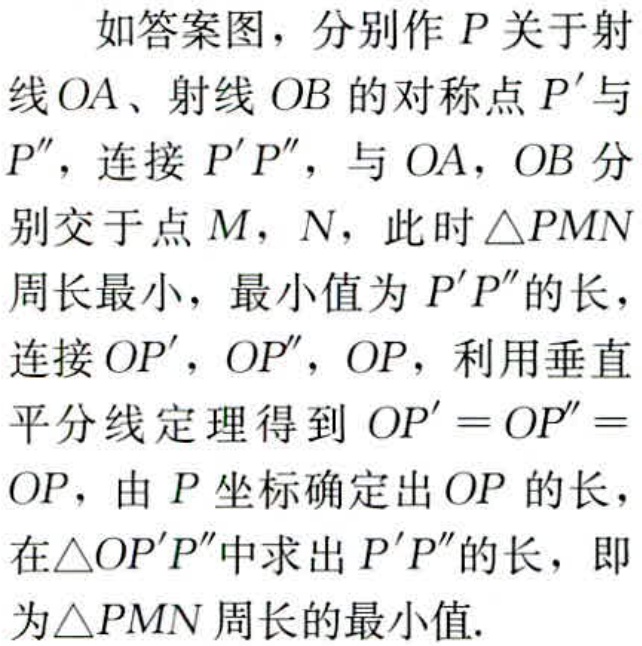
如答案图，分别作 \(P\) 关于射线 \(OA\)、射线 \(OB\) 的对称点 \(P'\) 与 \(P''\)，连接 \(P'P''\)，与 \(OA\)，\(OB\) 分别交于点 \(M\)，\(N\)，此时 \(\triangle PMN\) 周长最小，最小值为 \(P'P''\) 的长，连接 \(OP'\)，\(OP''\)，\(OP\)，利用垂直平分线定理得到 \(OP' = OP'' = OP\)，由 \(P\) 坐标确定出 \(OP\) 的长，在\(\triangle OP'P''\)中求出 \(P'P''\) 的长，即为\(\triangle PMN\)周长的最小值.